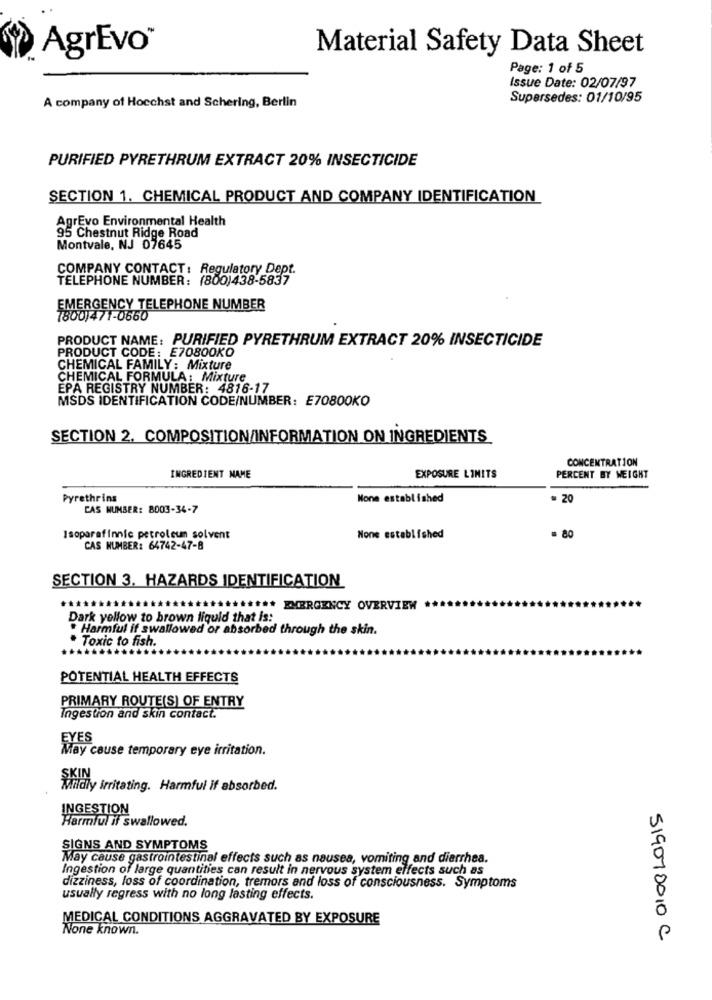
AgrEvo®
Material Safety Data Sheet
Page: 1 of 5
Issue Date: 02/07/97
Supersedes: 01/10/95
A company of Hoechst and Schering, Berlin
PURIFIED PYRETHRUM EXTRACT 20% INSECTICIDE
SECTION 1. CHEMICAL PRODUCT AND COMPANY IDENTIFICATION
AgrEvo Environmental Health
95 Chestnut Ridge Road
Montvale, NJ 07645
COMPANY CONTACT : Regulatory Dept.
TELEPHONE NUMBER: (800)438-5837
EMERGENCY TELEPHONE NUMBER
7800)471-0660
PRODUCT NAME: PURIFIED PYRETHRUM EXTRACT 20% INSECTICIDE
PRODUCT CODE: E70800KO
CHEMICAL FAMILY : Mixture
CHEMICAL FORMULA: Mixture
EPA REGISTRY NUMBER: 4816-17
MSDS IDENTIFICATION CODE/NUMBER: E70800KO
SECTION 2. COMPOSITION/INFORMATION ON INGREDIENTS
CONCENTRATION
INGREDIENT NAME
EXPOSURE LIMITS
PERCENT BY WEIGHT
Pyrethrins
None established
= 20
CAS NUMBER: 8003-34-7
= 80
Isoparafinnic petroleum solvent
None established
CAS NUMBER: 64742-47-8
SECTION 3. HAZARDS IDENTIFICATION
*** EMERGENCY OVERVIEW
Dark yellow to brown liquid that is:
* Harmful if swallowed or absorbed through the skin.
Toxic to fish.
POTENTIAL HEALTH EFFECTS
PRIMARY ROUTE(S) OF ENTRY
Ingestion and skin contact.
EYES
May cause temporary eye irritation.
Mildly irritating. Harmful if absorbed.
INGESTION
Harmful if swallowed.
SIGNS AND SYMPTOMS
May cause gastrointestinal effects such as nausea, vomiting and diarrhea.
Ingestion of large quantities can result in nervous system effects such as
dizziness, loss of coordination, tremors and loss of consciousness. Symptoms
usually regress with no long lasting effects.
MEDICAL CONDITIONS AGGRAVATED BY EXPOSURE
None known.
5190700,0 C